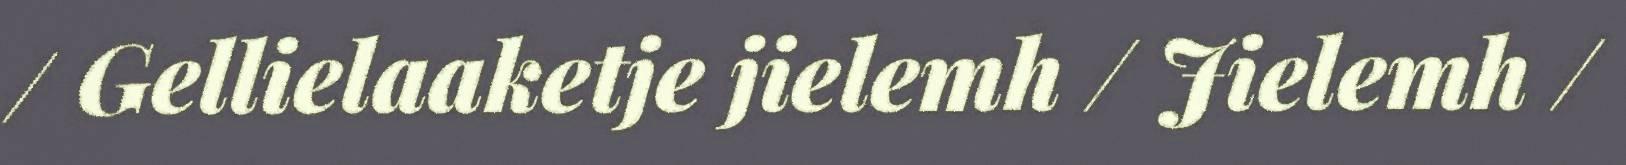
/ Gellielaaketje jielemh / Jielemh /